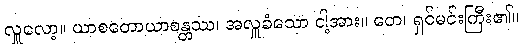
လှူလော့။ ယာစတောယာစန္တဿ၊ အလှူခံသော ငါ့အား။ တေ၊ ရှင်မင်းကြီး၏။